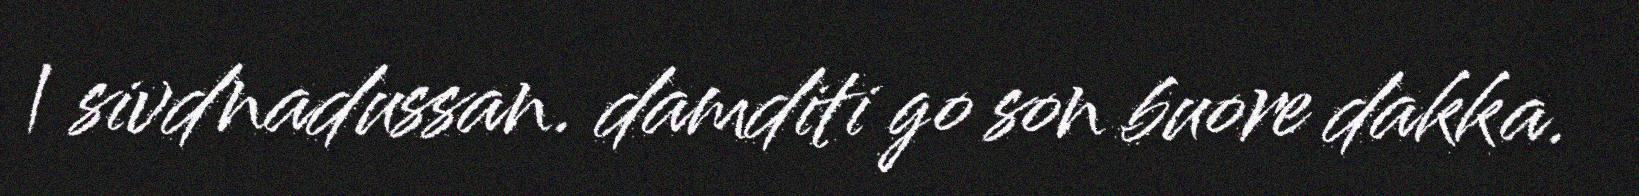
| sivdnadussan. damditi go son buore dakka.